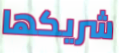
شريكها